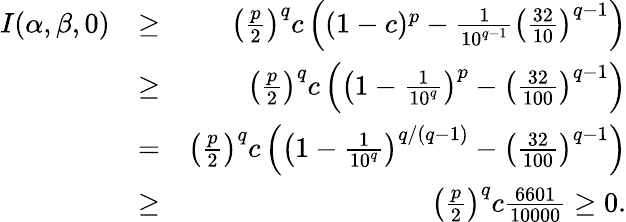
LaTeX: \begin{array}{rlr}{I(\alpha,\beta,0)}&{\ge}&{\left(\frac{p}{2}\right)^{q}c\left((1-c)^{p}-\frac{1}{10^{q-1}}\left(\frac{32}{10}\right)^{q-1}\right)}\\ &{\ge}&{\left(\frac{p}{2}\right)^{q}c\left(\left(1-\frac{1}{10^{q}}\right)^{p}-\left(\frac{32}{100}\right)^{q-1}\right)}\\ &{=}&{\left(\frac{p}{2}\right)^{q}c\left(\left(1-\frac{1}{10^{q}}\right)^{q/(q-1)}-\left(\frac{32}{100}\right)^{q-1}\right)}\\ &{\ge}&{\left(\frac{p}{2}\right)^{q}c\frac{6601}{10000}\ge 0.}\end{array}